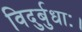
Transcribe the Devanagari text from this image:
विदुर्बुधाः।